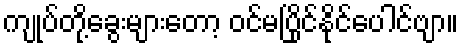
ကျုပ်တို့ခွေးများတော့ ဝင်မပြိုင်နိုင်ပေါင်ဗျာ။